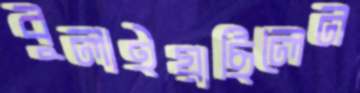
বুলাইয়াছিলেন